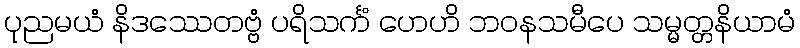
ပုညမယံ နိဒဿေတဗ္ဗံ ပရိသင်္ကံ ဟေဟိ ဘဝနသမီပေ သမ္မတ္တနိယာမံ